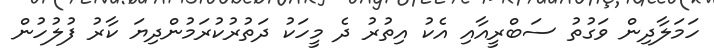
ހަމަލާދިން ވަގުތު ސަބްރީއާއި އެކު އިތުރު ދެ މީހަކު ދަތުރުކުރަމުންދިޔަ ކާރު ފުލުހުން